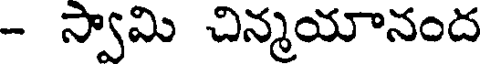
- స్వామి చిన్మయానంద